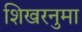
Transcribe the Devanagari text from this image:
शिखरनुमा